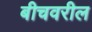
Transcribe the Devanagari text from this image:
बीचवरील